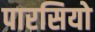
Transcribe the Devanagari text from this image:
पारसियो